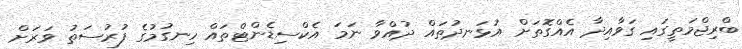
ބްރިޖްމަތީގައި ގަވާއިދާ އެއްގޮތަށް އުޅަނދުތައް ދުއްވާ ނަމަ އެކްސިޑެންޓްތައް ހިނގުމުގެ ފުރުސަތު ވަރަށް